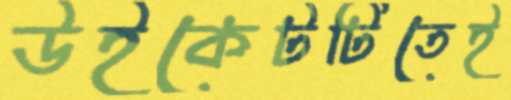
উইকেটটিতেই